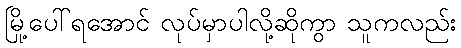
မြို့ပေါ်ရအောင် လုပ်မှာပါလို့ဆိုကွာ သူကလည်း